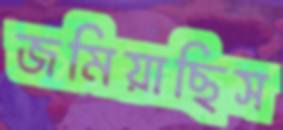
জমিয়াছিস